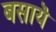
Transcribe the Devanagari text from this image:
बसायॆ